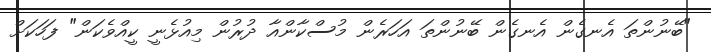
"ބޭނުންތަ އެނގެން އެނގެން ބޭނުންތަ އަހަރެން މުސްކާންއާ ދުރުން މިއުޅެނީ ކީއްވެކަން" ފަހަކަށް